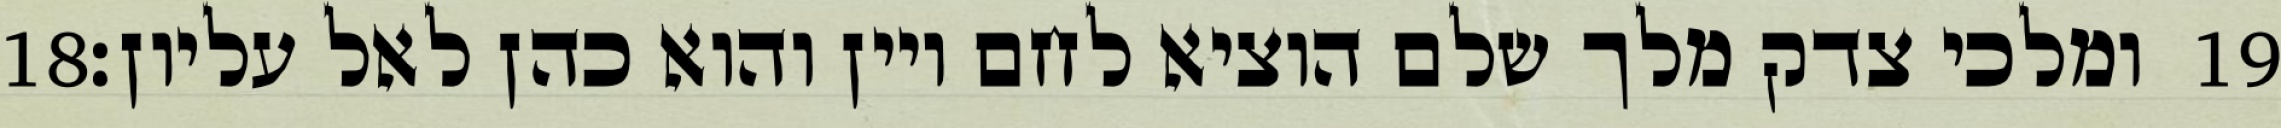
‎18‏ ומלכי צדק מלך שלם הוציא לחם ויין והוא כהן לאל עליון׃ ‎19‏